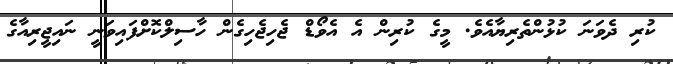
ކުރި ދެވަނަ ކުޅުންތެރިޔާއެވެ. މީގެ ކުރިން އެ އެވޯޑް ޖެހިޖެހިގެން ހާސިލްކޮށްފައިވަނީ ނައިޖީރިއާގެ